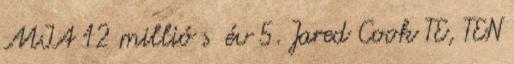
MIA 12 millió $ év 5. Jared Cook TE, TEN